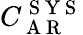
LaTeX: C_{\mathrm{~A~R~}}^{\mathrm{~S~Y~S~}}